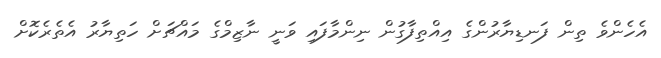
އެހެންވެ ތިން ފަނޑިޔާރުންގެ އިއްތިފާގުން ނިންމާފައި ވަނީ ނާޒިމްގެ މައްޗަށް ހަތިޔާރު އެތެރެކޮށް